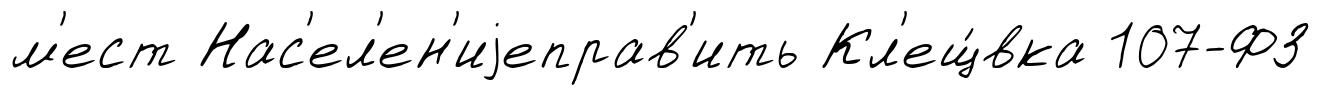
м'ест Нас'ел'ен'иjеправ'ить Кл'ещ́вка 107-ФЗ